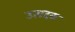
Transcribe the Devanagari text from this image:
उत्पदक